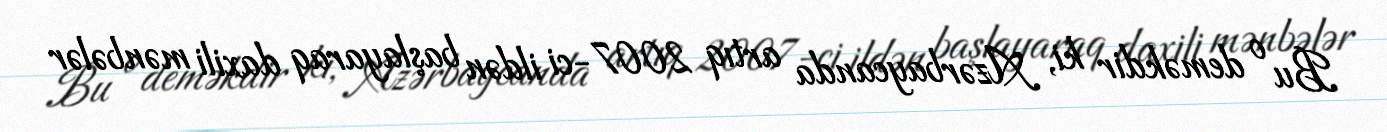
Bu o deməkdir ki, Azərbaycanda artıq 2007-ci ildən başlayaraq daxili mənbələr